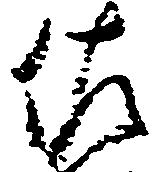
佐